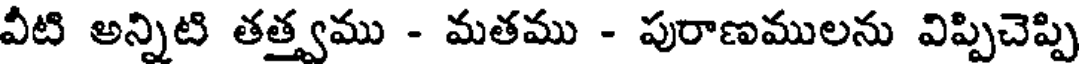
వీటి అన్నిటి తత్త్వము - మతము - పురాణములను విప్పిచెప్పి